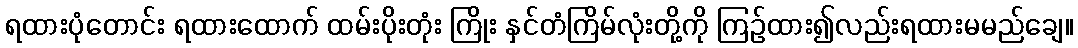
ရထားပုံတောင်း ရထားထောက် ထမ်းပိုးတုံး ကြိုး နှင်တံကြိမ်လုံးတို့ကို ကြဉ်ထား၍လည်းရထားမမည်ချေ။